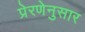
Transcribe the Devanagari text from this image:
प्रेरणेनुसार